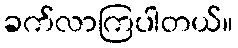
ခက်လာကြပါတယ်။